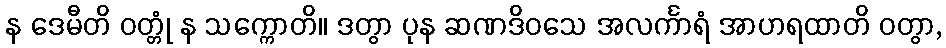
န ဒေမီတိ ဝတ္တုံ န သက္ကောတိ။ ဒတွာ ပုန ဆဏဒိဝသေ အလင်္ကာရံ အာဟရထာတိ ဝတွာ,